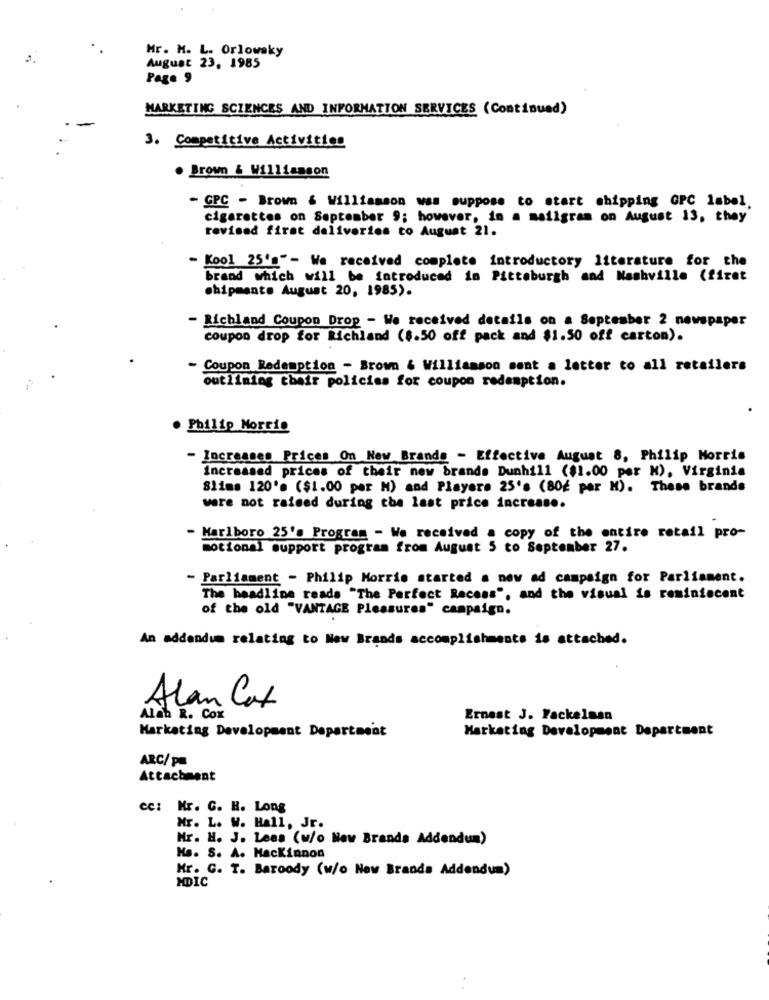
Mr. M. L. Orlowsky
August 23, 1985
Page 9
MARKETING SCIENCES AND INFORMATION SERVICES (Continued)
3. Competitive Activities
. Brown & Williamson
- GPC - Brown & Williamson was suppose to start shipping GPC label,
cigarettes on September 9; however, in a mailgram on August 13, they
revised first deliveries to August 21.
- Kool 25's"- We received complete introductory literature for the
brand which will be introduced in Pittsburgh and Nashville (fizet
shipments August 20, 1985).
- Richland Coupon Drop - We received details on a September 2 newspaper
coupon drop for Richland (8.50 off pack and $1.50 off carton).
- Coupon Redemption - Brown & Williamson sent a letter to all retailers
outlining their policies for coupon redemption.
. Philip Morris
- Increases Prices On New Brands - Effective August 8, Philip Morris
increased prices of their new brands Dunhill ($1.00 per M), Virginia
Slime 120's ($1.00 per M) and Players 25's (80É par M). These brands
were not raised during the last price increase.
- Marlboro 25's Program - We received a copy of the entire retail pro-
motional support program from August 5 to September 27.
Parliament - Philip Morris started a new ad campaign for Parliament.
The headline reada "The Perfect Recess", and the visual is reminiscent
of the old "VANTAGE Pleasures" campaign.
An addendum relating to New Brands accomplishments is attached.
Alan Cat
Alah R. Cox
Ernest J. Fackelman
Marketing Development Department
Marketing Development Department
ARC/ pm
Attachment
cc: Kr. C. H. Long
Mr. L. W. Hall, Jr.
Mr. H. J. Lees (w/o New Brands Addendum)
Hs. S. A. Mackinnon
Mr. G. T. Baroody (w/o New Brands Addendum)
MDIC